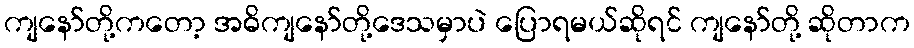
ကျနော်တို့ကတော့ အဓိကျနော်တို့ဒေသမှာပဲ ပြောရမယ်ဆိုရင် ကျနော်တို့ ဆိုတာက